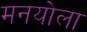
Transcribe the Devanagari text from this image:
मनयोला